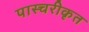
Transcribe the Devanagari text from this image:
पास्चरीकृत